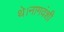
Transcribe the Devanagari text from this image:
थे।नागवंशी